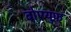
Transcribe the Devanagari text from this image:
बोएयुफ़